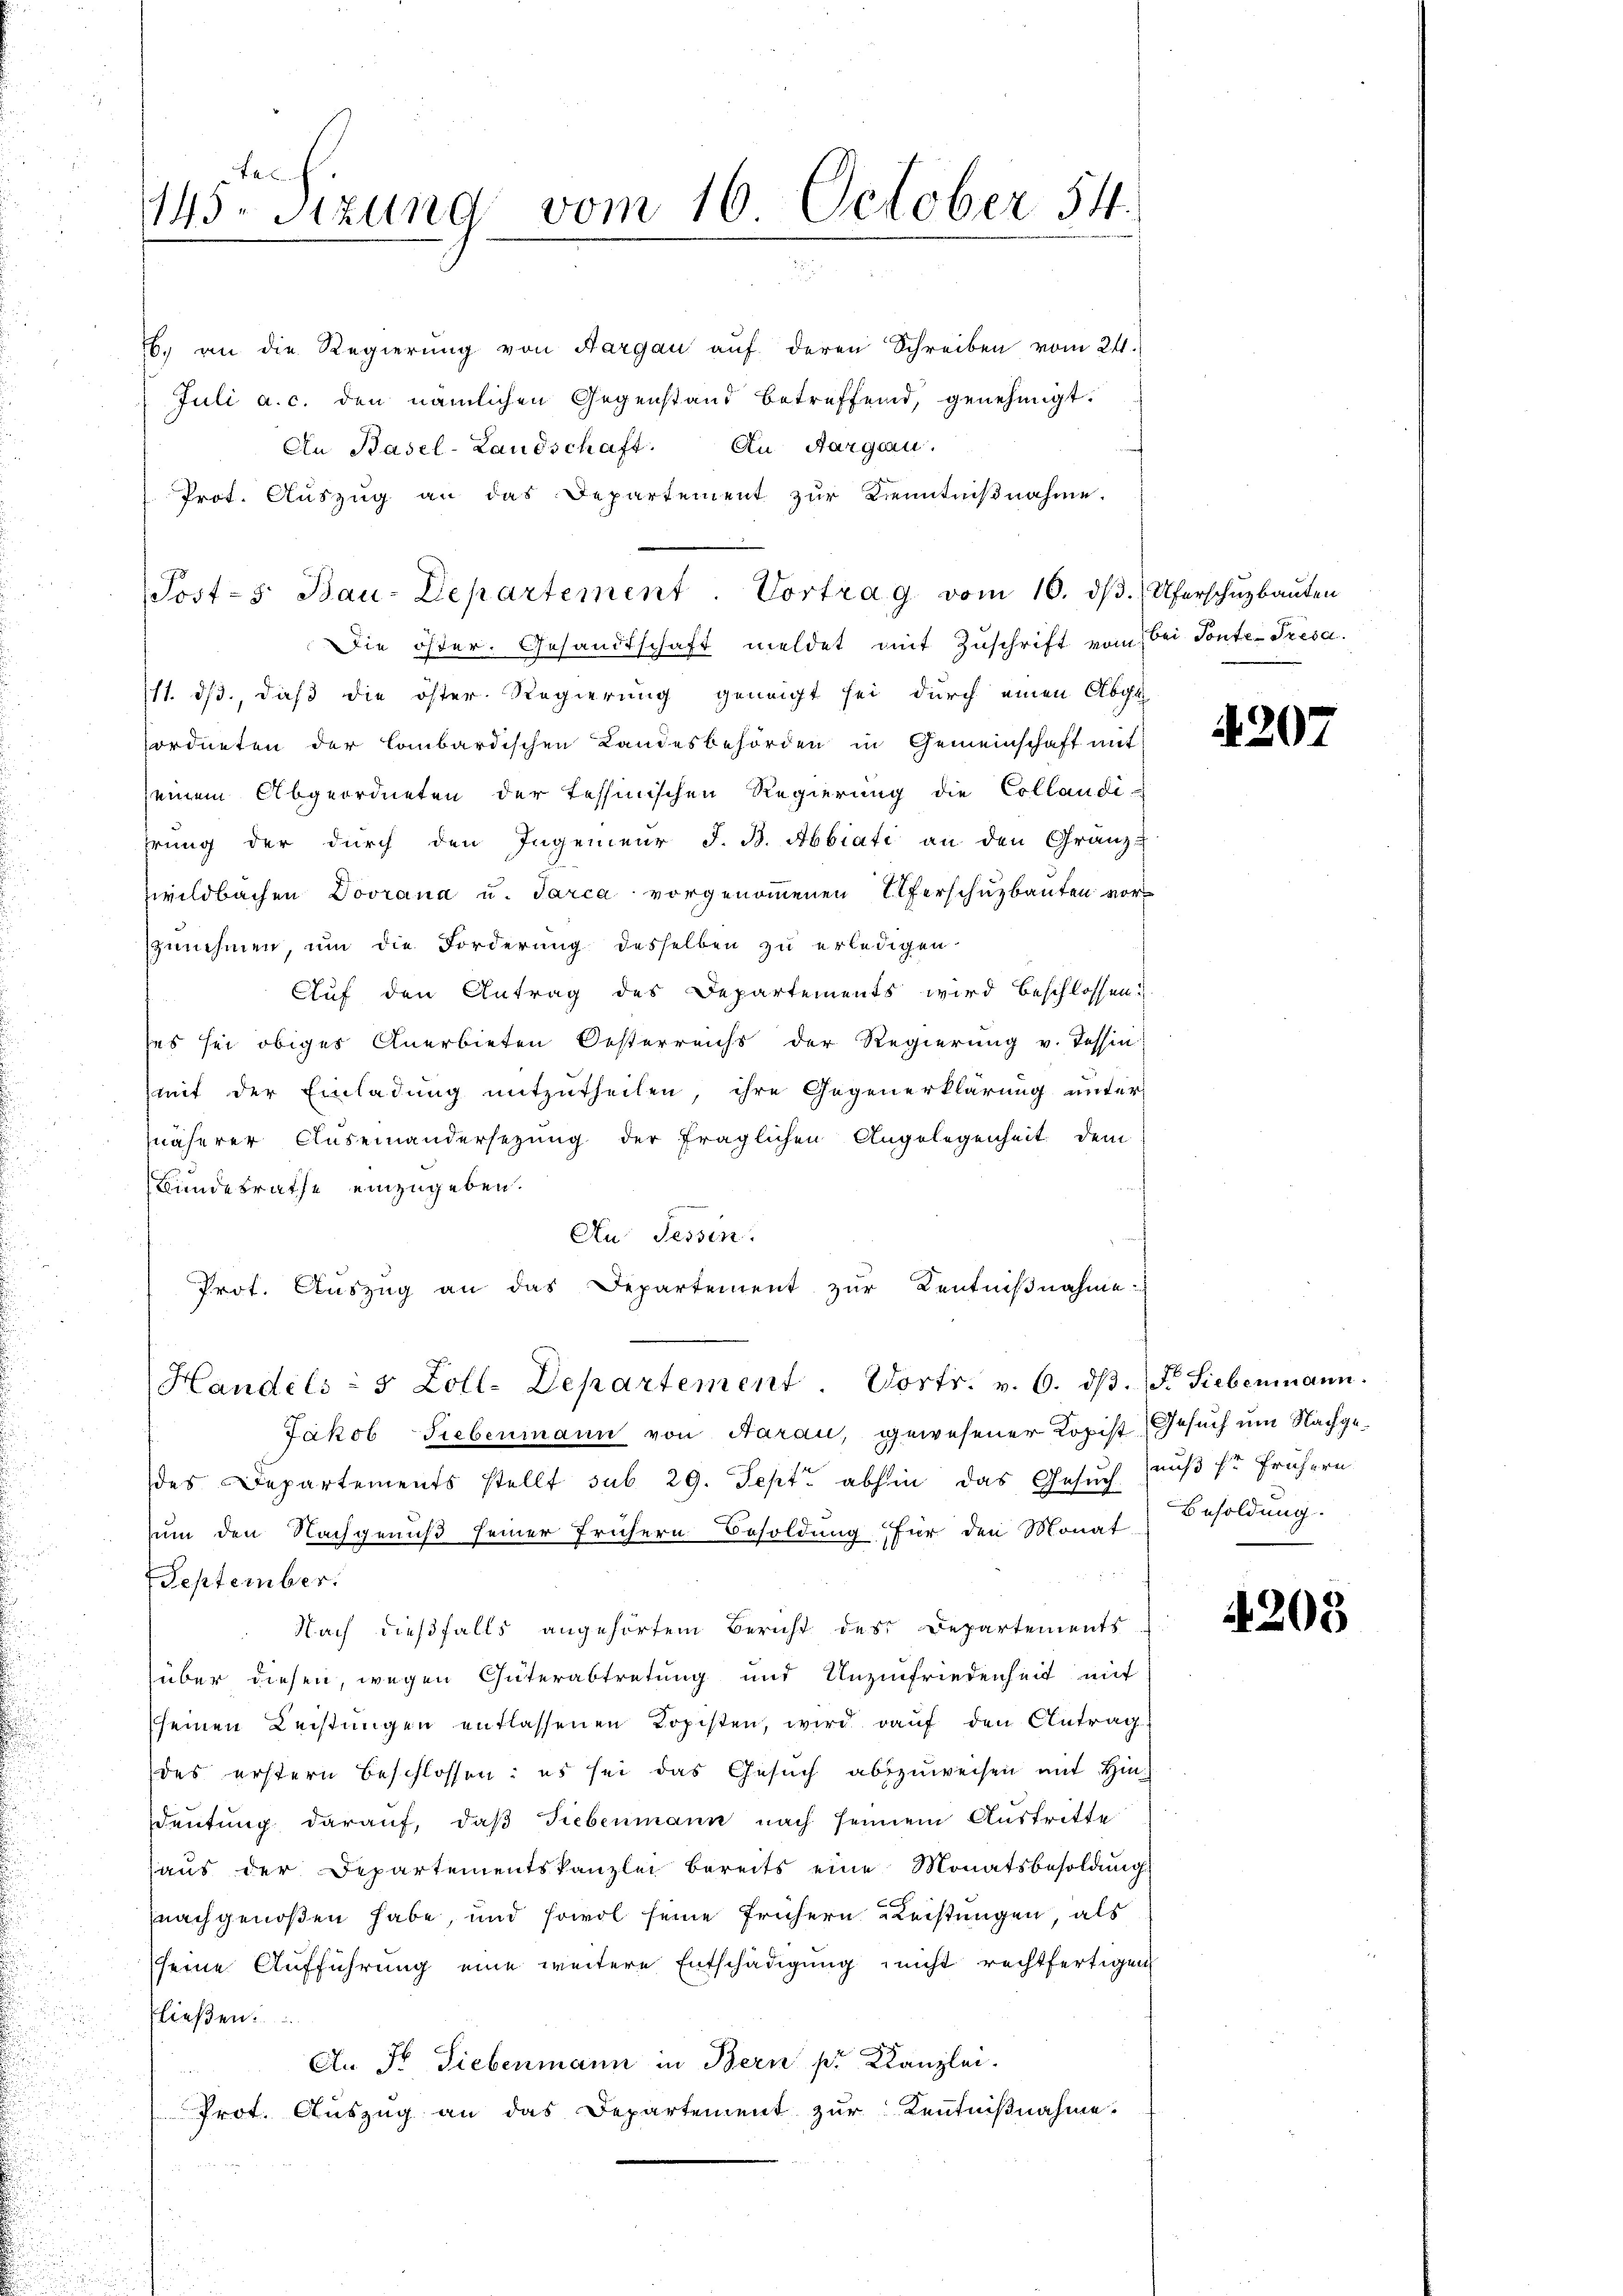
x
145. Sitzung vom 16. October 54.

. an die Regierŭng von Aargau aŭf deren Schreiben vom 24.
Juli a. c. den nämlichen Gegenstand betreffend, genehmigt.
An Basel-Landschaft. An Aargau.
Prot. Auszug an das Departement zur Kenntnißnahme.
Die öster. Gesandtschaft meldet mit Zuschrift vom bei Ponte- Presa.
/1. ds., daß die öster Regierung geneigt sei, durch einen Abge
ordneten der Combardischen Landesbehörden in Gemeinschaft mit
seinem Abgeordneten der Tessinischen Regierung die Collandi-
hrung der durch den Ingenieur J. B. Abbiati an den Granz-
zwildbachen Dovrana u. Tarca vorgenommenen Uferschuzbauten vorzunehmen, um die Forderung desselben zu erledigen
Auf den Antrag des Departements wird beschlossen:
ses sei obiges Anerbieten Oesterreichs der Regierung v. Tessin
mit der Einladung mitzutheilen, ihre Gegenerklärung unter
näherer Auseinandersezung der fraglichen Angelegenheit dem
Bundesrathe einzugeben.
An Tessin.
Prot. Auszug an das Departement zur Kentniβnahme
Handels - 5 Zoll-Departement. Vortr. v. 6. dβ. F. Siebenmann.
Jakob Siebenmann von Aarau, gewesener Kopist Gesuch um Nachgedes Departements stellt sub 29. Sept. abhin das Gesuch aus Er frühern
um den Nachgenuß seiner frühern Besoldung für den Monat
September.
Nach dießfalls angehörtem Bericht des Departements
über diesen, wegen Güterabtretung und Unzufriedenheit mit
(seinen Leistungen entlassenen Kopisten, wird rauf den Antrag
des erstern beschlossen: es sei das Gesuch abzuweisen mit Hindeutung darauf, daβ siebenmann nach seinem Austritte
haus der Departementskanzlei bereits eine Monatsbesoldung
nachgenoßen habe, und sowol seine frühern Leistungen, als
seine Aufführung eine weitere Entschädigung nicht rechtfertigen
fließen.
An Fr. Siebenmann in Bern pr Kanzlei.
Prot. Auszug an das Departement zur Kenntnißnahme.

Post-s Bau-Departement. Vortrag vom 10. dβ. Uferschŭzbaŭten

4207

Besoldung.

4203